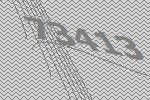
73413